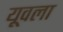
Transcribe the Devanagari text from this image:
यूवला